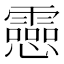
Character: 𫻝